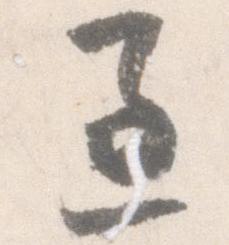
過